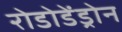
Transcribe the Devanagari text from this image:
रोडोडेंड्रोन